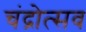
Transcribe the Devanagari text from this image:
चंद्रोत्सव